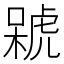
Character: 𣘫